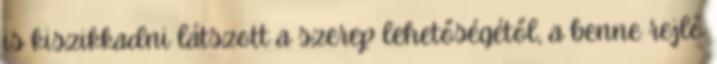
is kiszikkadni látszott a szerep lehetőségétől, a benne rejlő